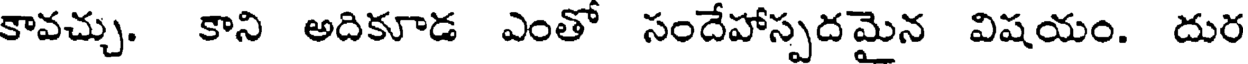
కావచ్చు. కాని అదికూడ ఎంతో సందేహాస్పదమైన విషయం. దుర